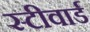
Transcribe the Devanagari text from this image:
स्टीवार्ड